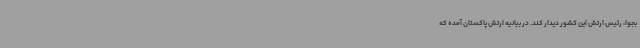
بجوا، رئیس ارتش این کشور دیدار کند. در بیانیه ارتش پاکستان آمده که